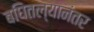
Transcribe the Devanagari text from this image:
बघितल्यानंतर